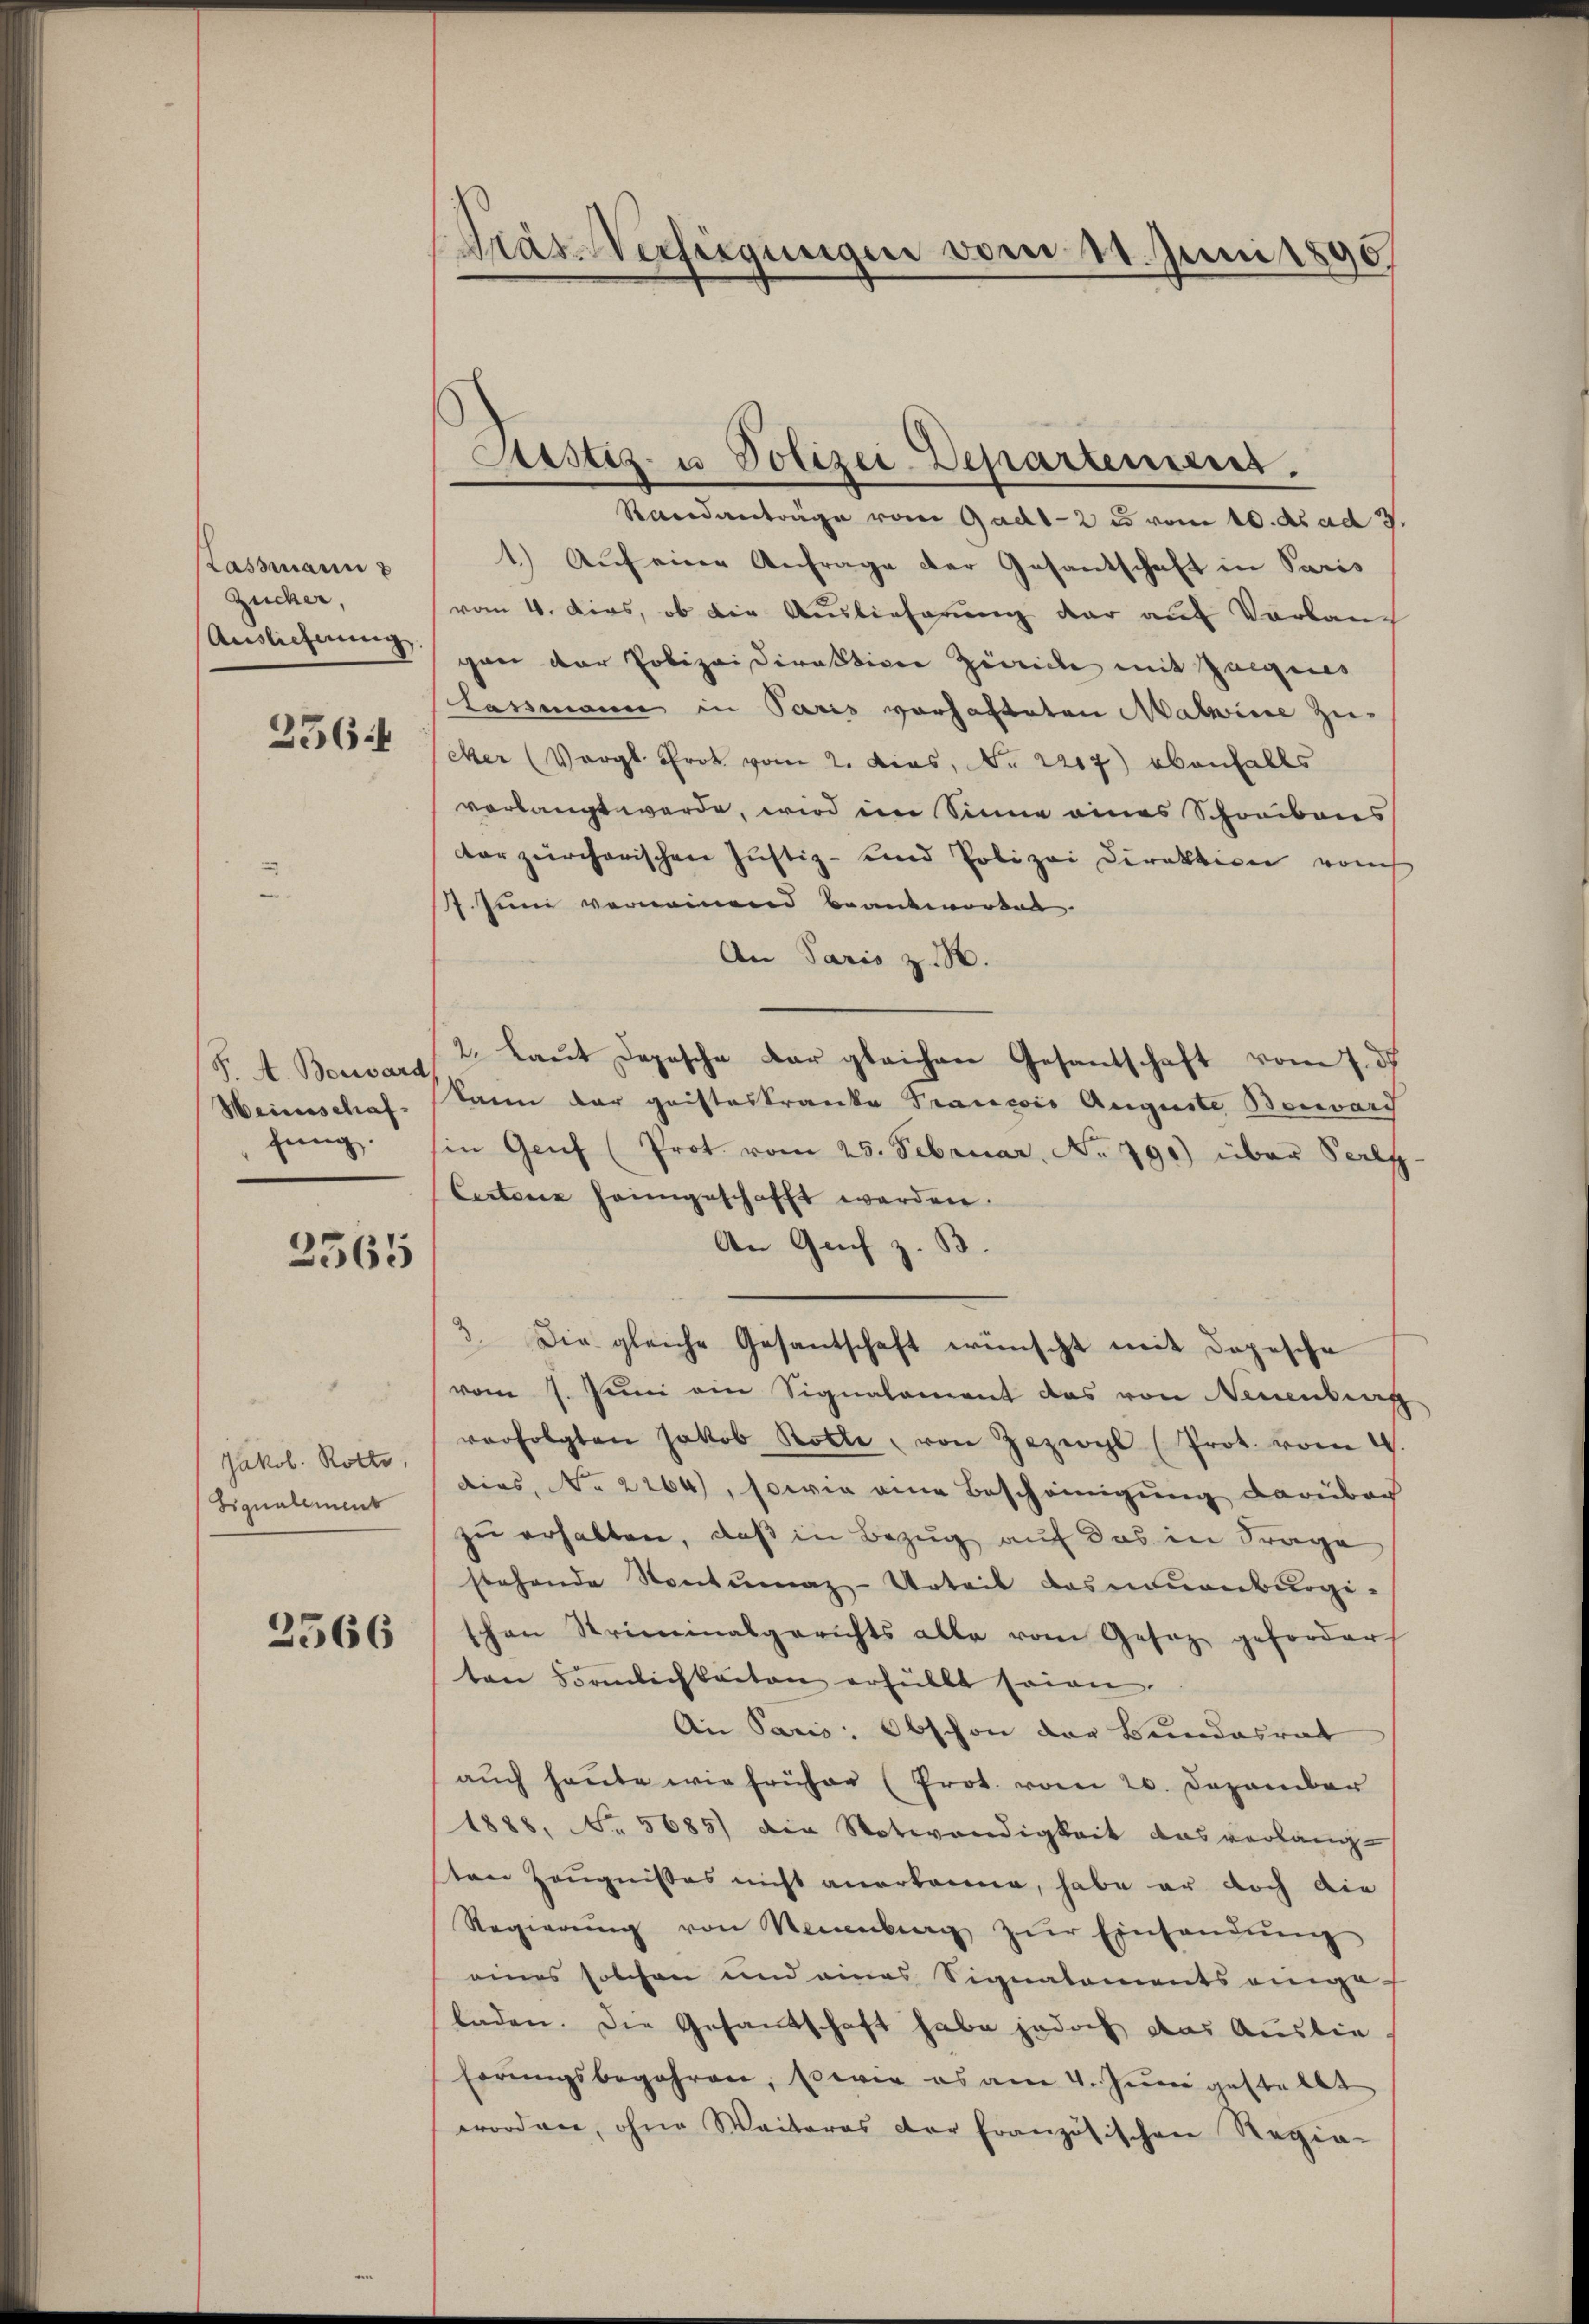
Lassmann
Zucker,
Auslieferung.

25644

F. A. Bossard
Heinschaf
fung.

2565

Jakob. Rotte,
Signalement

2566

Gras Verfügungen vom 11. Juni 1890

Sistiz- u Polizei-Departemens.

Randanträge von Gadt-2 u vom 10. ds ad 3.
1.) Auf eine Anfrage der Gesantschaft in Paris
vom 4. dies, ob die Auslieferung der auf Verbau
gan der Polizeidirektion Zürich mit Zeigens
Lassmann in Paris vorhafteten Malwine zu-
Mer (Vergl. Prot vom 2. dies, No. 2217) ebenfalls
vorlangt werde, wird im Sinne eines Schreibens
ter zürcherischen Justiz- und Polizei Direktion von
1. Juni vernommend beantworten
An Paris z.
2. Laut Depesche Dar gleichen Gesandschaft vom 7. ds
kann der geisteskranke Prancois Auguste Bonvard
in Genf (Prot. vom 25. Februar. No. 491) über Perlf-
Cantone heimgeschafft werden.
An Guch z. B.
3. Die gleiche Gesantschaft wünscht mit Depesche
vom 1. Juni ein Signalement das von Neuenburg
verfolgten Jakob Rolle, von Zezwyl (Prot. vom 2.
dies, No 2264), sowie eine Bescheinigung darüberh
zu erhalten, daß in Bezug auf das in Frage
stehende Sontumaz-Urteil das neuenburgi-
schen Striminalgerichts alle vom Gesetz gefordert
ten Samlichkeiten erfüllt seien.
An Paris Obschon der Bundesrat
aŭch heute wie früher (Prot. vom 20. Dezember
1888. No. 5685) die Notwendigkeit das verlang-
ten Zeugnißes nicht anerkanne, habe er doch die
Regierŭng von Neuenburg zŭr Einsandŭng
eines solchen und eines Signatoments eingeladen. Die Gesandtschaft habe jedoch das Auslie
ferŭngsbegehren, sowie es am 4. Juni gestellt
worden, ohne Weiteres der französischen Regia-